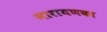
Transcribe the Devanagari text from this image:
नारायणका